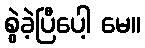
စွဲခဲ့ပြီပေါ့ မေ။